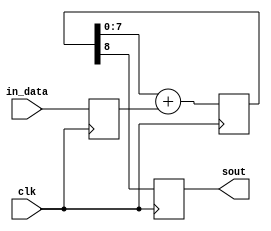
module ds8dac1(clk, in_data, sout);
input clk;
input [7:0] in_data;
output reg sout;
reg [8:0] PWM_accumulator;

reg [7:0] PWM_add;

initial
begin
	PWM_accumulator <= 0;
	PWM_add <=0;
end

always @(posedge clk) begin
	PWM_accumulator <= PWM_accumulator[7:0] + PWM_add;
	PWM_add <= in_data;
end

always @(negedge clk) begin
	sout <= PWM_accumulator[8];
end

endmodule